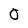
Character: 0